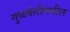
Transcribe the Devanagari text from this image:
गुळवेलीमधील